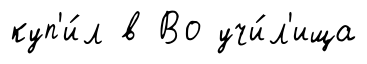
куп'и́л в Во учи́л'ища